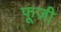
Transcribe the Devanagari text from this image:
फूज़ी